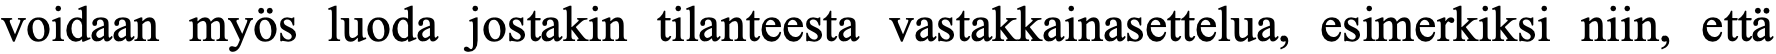
voidaan myös luoda jostakin tilanteesta vastakkainasettelua, esimerkiksi niin, että